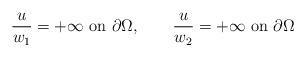
LaTeX: \begin{align*}\frac{u}{w_1}=+\infty\hbox{ on }\partial\Omega,\qquad\frac{u}{w_2}=+\infty\hbox{ on }\partial\Omega\end{align*}